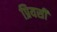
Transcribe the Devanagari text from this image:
प्रियसी